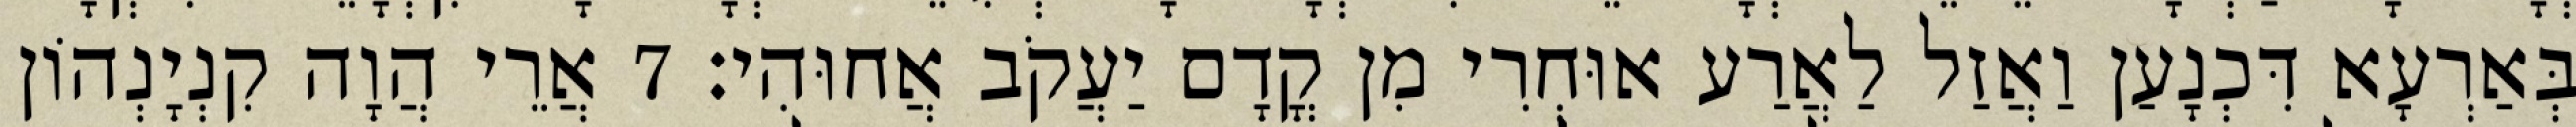
בְּאַרְעָא דִּכְנָעַן וַאֲזַל לַאֲרַע אוּחְרִי מִן קֳדָם יַעֲקֹב אֲחוּהִי׃ 7 אֲרֵי הֲוָה קִנְיָנְהוֹן